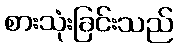
စားသုံးခြင်းသည်